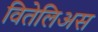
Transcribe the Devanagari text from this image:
वितेलिअस